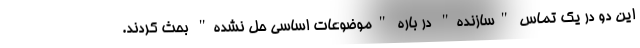
این دو در یک تماس "سازنده" در باره "موضوعات اساسی حل نشده" بحث کردند.